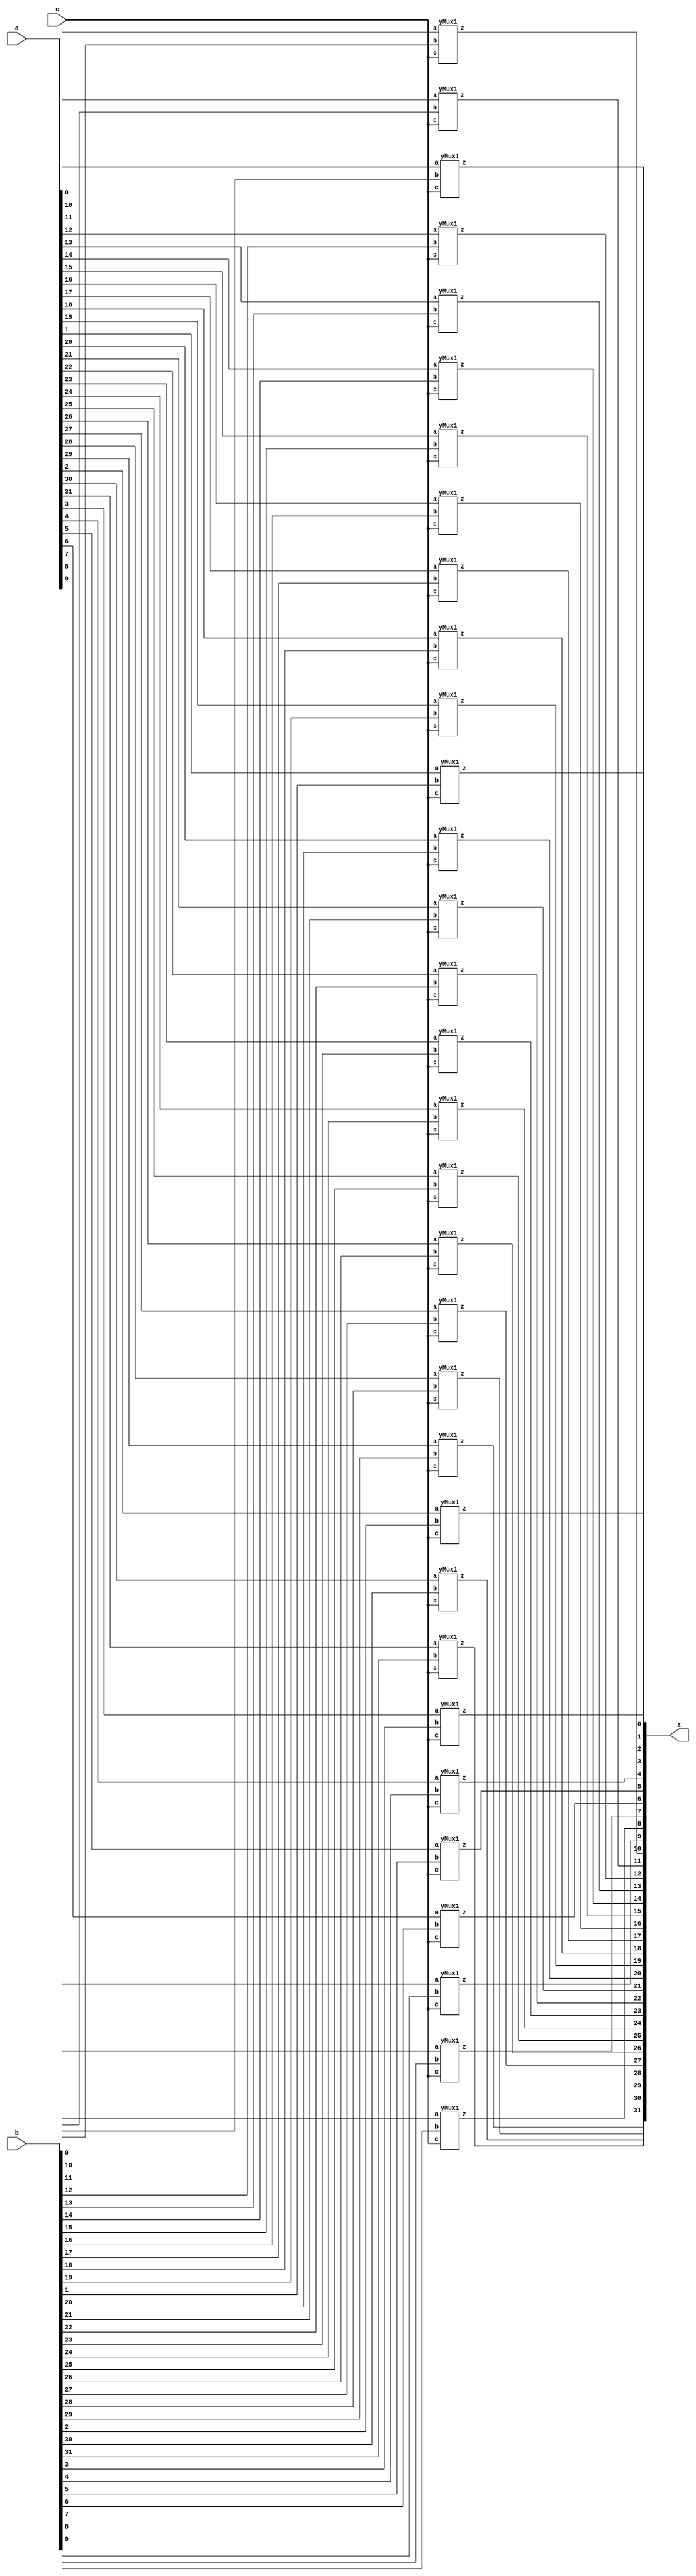

module yMux(z, a, b, c);
    parameter SIZE=32;        //similar to FINAL in java
    output [SIZE-1:0] z;
    input [SIZE-1:0] a,b;
    input c;
    yMux1 mine[SIZE-1:0](z,a,b,c);
endmodule 

module yMux1(z,a,b,c);
    output z;                   //1 bit wire
    input a, b, c;              //1 bit wires
    wire notC, upper, lower; 
    not (notC, c);              //notC=~c
    and upperAnd(lower,a,notC);    //lower= a & ~c
    and lowerAnd(upper, c,b) ;       //upper=c & b
    or (z, upper, lower);            //z= upper | lower
endmodule

module yMux4to1(z, a0,a1,a2,a3, c);
    parameter SIZE = 2;
    output [SIZE-1:0] z;
    input [SIZE-1:0] a0, a1, a2, a3;
    input [1:0] c;
    wire [SIZE-1:0] zLo, zHi;
    yMux #(SIZE) lo(zLo, a0, a1, c[0]);
    yMux #(SIZE) hi(zHi, a2, a3, c[0]);
    yMux #(SIZE) final(z, zLo, zHi, c[1]);
endmodule 

module yAdder1(z, cout, a, b, cin);     //z= (a xor b) xor cin    |    cout=((a xor b)&cin) or (a&b)
    output z, cout;
    input a, b, cin;
    xor left_xor(tmp, a, b);
    xor right_xor(z, cin, tmp);
    and left_and(outL, a, b);
    and right_and(outR, tmp, cin);
    or my_or(cout, outR, outL);
endmodule 

module yAdder(z, cout, a, b, cin);
    parameter SIZE=2;
    output [SIZE-1:0] z;
    output cout;
    input [SIZE-1:0] a, b;
    input cin;
    wire[SIZE-1:0] in, out;
    yAdder1 mine[SIZE-1:0](z, out, a, b, in);
    assign in[0] = cin;
    assign in[SIZE-1:1] = out[SIZE-2:0]; 
    assign cout=out[SIZE-1];
endmodule

module yArith(z, cout, a, b, ctrl);
    output [31:0] z;
    output cout;
    input [31:0] a, b;
    input ctrl;
    wire [31:0] notB, tmp;
    wire cin;
    assign cin=ctrl;
    not NOTB[31:0] (notB, b);
    yMux #(32) mux(tmp, b, notB, cin);
    yAdder #(32)adder(z, cout, a, tmp, cin);
endmodule 

module yAlu(z, ex, a, b, op); 
    input [31:0] a, b; 
    input [2:0] op; 
    output [31:0] z; 
    output ex; 
    wire [31:0] andi, ori, arith, sub, slt;
    wire condition;
    assign slt[31:1] = 0;  
    wire [15:0] z16;
    wire [7:0]  z8;
    wire [3:0]  z4;
    wire [1:0]  z2;
    wire z1;
    //and-----------------------------------------
    and myAnd[31:0](andi, a, b);

    //or------------------------------------------
    or  myOr[31:0](ori, a, b);
    
    //(+-)----------------------------------------
    yArith myArith(arith,null, a, b, op[2]);

    //slt-----------------------------------------
    xor myXor (condition, a[31], b[31]);
    yArith sltArith(sub,null, a, b, 1'b1);
    yMux1  sltMux (slt[0], sub[31], a[31], condition);

    //---------------------------------------------
    //z=operation based on op
    yMux4to1 #(32) myMux (z, andi, ori, arith, slt, op[1:0]);

    //exception-----------------------------------------
    or or16[15:0] (z16, z[15:0], z[31:16]); 
    or or8[7:0]  (z8, z16[7:0], z16[15:8]); 
    or or4[3:0] (z4, z8[3:0], z8[7:4]); 
    or or2[1:0]  (z2, z4[1:0], z4[3:2]); 
    or or1 (z1, z2[0:0], z2[1:1]);
    not noting(ex, z1);

endmodule

module register(z, clk, d, enable);
    parameter n=32;
    input clk, enable;
    input [n-1:0] d;
    reg [n-1:0] q;
    output [n-1:0] z;
    assign z=q;
    always @(posedge clk)begin
       if(enable) q<=d;
    end
endmodule

module mem(memOut, address, memIn, clk, read, write);
    parameter DEBUG = 0;

    parameter CAPACITY = 16'hffff;
    input clk, read, write;
    input [31:0] address, memIn;
    output [31:0] memOut;
    reg [31:0] memOut;
        reg [31:0] arr [0:CAPACITY];
        reg fresh = 1;

        always @(read or address or arr[address])
        begin
            if (fresh == 1)
            begin
                fresh = 0;
                $readmemh("ram.dat", arr);
            end

            if (read == 1)
            begin
                if (address[1:0] != 2'b00)
                begin
                    //$display("Unaligned Load Address %d", address); 
                    memOut = 32'hxxxxxxxx;
                end
                else if (address > CAPACITY)
                begin
                    //$display("Address %h out of range %d", address, CAPACITY);
                    memOut = 32'hxxxxxxxx;
                end
                else
                begin
                    memOut = arr[address];
                end
            end
        end

        always @(posedge clk)
        begin
            if (write == 1)
            begin
                if (address[1:0] != 2'b00)
                begin
                    //$display("Unaligned Store Address %d", address);
                end
                else if (address > CAPACITY)
                begin
                    $display("Address %d out of range %d", address, CAPACITY);
                end
                else
                begin
                    arr[address] <= memIn;
                    if (DEBUG != 0) $display("MEM: wrote %0dd at address %0dd", memIn, address);
                end
            end
        end
endmodule

module rf(RD1,RD2, RN1,RN2, WN,WD, clk, W);
/****************************
Behavioral register file
Written by H. Roumani, 2009
****************************/
parameter DEBUG = 0;

input clk, W;
input [4:0] RN1, RN2, WN;
input [31:0] WD;
output [31:0] RD1, RD2;

reg [31:0] RD1, RD2;
reg [31:0] arr [1:31];

always @(RN1 or arr[RN1])
	if (RN1 == 0)
		RD1 = 0;
	else
	begin
		RD1 = arr[RN1];
		if (DEBUG != 0) $display("RF: read %0dd from reg#%0d", RD1, RN1);
	end

always @(RN2 or arr[RN2])
	if (RN2 == 0)
		RD2 = 0;
	else
	begin
		RD2 = arr[RN2];
		if (DEBUG != 0) $display("RF: read %0dd from reg#%0d", RD2, RN2);
	end


always @(posedge clk)
	if (W == 1 && WN != 0)
	begin
		arr[WN] = WD;
		if (DEBUG != 0) $display("RF: wrote %0dd to reg#%0d", WD, WN);
	end

endmodule

module yIF(ins, PCp4, PCin, clk);
    input [31:0] PCin;
    input clk;
    output [31:0] ins, PCp4;
    wire [31:0] pcOut;
    register PC(pcOut, clk, PCin, 1'b1);
    yAlu myAlu(PCp4, null, pcOut, 32'd4, 3'b010);       //PCp4=PCout+4
    mem myMem(ins, pcOut, 32'b0, clk, 1'b1, 1'b0);      //fetch instruction address from memory

endmodule

//extracts the various fields of ins and looks up the needed registers.
module yID(rd1, rd2, immOut, jTarget, branch, ins, wd, RegWrite, clk); 
    output [31:0] rd1, rd2, immOut;
    output [31:0] jTarget;
    output [31:0] branch;
    input [31:0] ins, wd;
    input RegWrite, clk;
    wire [19:0] zeros, ones; // For I-Type and SB-Type
    wire [11:0] zerosj, onesj; // For UJ-Type
    wire [31:0] imm, saveImm; // For S-Type
    rf myRF(rd1, rd2, ins[19:15], ins[24:20], ins[11:7], wd, clk, RegWrite);
    assign imm[11:0] = ins[31:20];
    assign zeros = 20'h00000;
    assign ones = 20'hFFFFF;
    yMux #(20) se(imm[31:12], zeros, ones, ins[31]);
    assign saveImm[11:5] = ins[31:25];
    assign saveImm[4:0] = ins[11:7];
    yMux #(20) saveImmSe(saveImm[31:12], zeros, ones, ins[31]);
    yMux #(32) immSelection(immOut, imm, saveImm, ins[5]);
    assign branch[11] = ins[31];
    assign branch[10] = ins[7];
    assign branch[9:4] = ins[30:25];
    assign branch[3:0] = ins[11:8];
    yMux #(20) bra(branch[31:12], zeros, ones, ins[31]);
    assign zerosj = 12'h000;
    assign onesj = 12'hFFF;
    assign jTarget[19] = ins[31];
    assign jTarget[18:11] = ins[19:12];
    assign jTarget[10] = ins[20];
    assign jTarget[9:0] = ins[30:21];
    yMux #(12) jum(jTarget[31:20], zerosj, onesj, jTarget[19]);
endmodule

module yEX(z, zero, rd1, rd2, imm, op, ALUSrc);
    output [31:0] z;
    output zero;
    input [31:0] rd1, rd2, imm;
    input [2:0] op;
    input ALUSrc;

    wire [31:0] b;
    
    yMux #(32) pick(b, rd2, imm, ALUSrc);
    yAlu oop(z, zero, rd1, b, op);

endmodule

module yDM(memOut, exeOut, rd2, clk, MemRead, MemWrite);
    output [31:0] memOut;
    input [31:0] exeOut, rd2;
    input clk, MemRead, MemWrite;
    mem DM(memOut, exeOut, rd2, clk, MemRead, MemWrite); 
endmodule


module yWB(wb, exeOut, memOut, Mem2Reg);
    output [31:0] wb;
    input [31:0] exeOut, memOut;
    input Mem2Reg;
    yMux #(32) WB(wb, exeOut, memOut, Mem2Reg);
endmodule

//ALUsrc =0 rs2   =1 imm
module labM;
    reg [31:0] PCin;
    reg RegWrite, clk, ALUSrc; 
    reg [2:0] op;
    wire [31:0] wd, rd1, rd2, imm, ins, PCp4, z, branch;
    wire [31:0] memOut, wb;
    reg Mem2Reg, MemRead, MemWrite;
    wire [31:0] jTarget;
    wire zero;

    yIF myIF(ins, PCp4, PCin, clk);
    yID myID(rd1, rd2, imm, jTarget, branch, ins, wd, RegWrite, clk);
    yEX myEx(z, zero, rd1, rd2, imm, op, ALUSrc);
    yDM myDM(memOut, z, rd2, clk, MemRead, MemWrite);
    yWB myWB(wb, z, memOut, Mem2Reg);
    assign wd = wb;

    initial
    begin
    //------------------------------------Entry point
    PCin = 16'h28;
    //------------------------------------Run program
    repeat (11)
    begin
    //---------------------------------Fetch an ins
    clk = 1; #1;
    op = 3'b010;
    //---------------------------------Set control signals
   if (ins[6:0] == 7'h33) // R-Type
    begin
        RegWrite = 1; ALUSrc = 0;   //ALUSrc=0   means use rs2 
        MemRead = 0;
		MemWrite = 0;
		Mem2Reg=0;//Mem2Reg = 1;
        if (ins[14:12] == 3'b110)   // funct3 = or
            begin
                op = 3'b001;
            end
        else if (ins[14:12] == 3'b000) begin
                 op = 3'b010;           // funct3 = add
            end
    end

  /*  if(ins[6:0]==7'h6F) // UJ-Type
    begin
        RegWrite = 1; ALUSrc = 1;   
        MemRead = 0;
		MemWrite = 0;
		Mem2Reg = 0;
    end*/
    
    if (ins[6:0] === 7'h3) // lw
        begin
            RegWrite = 1; 
            ALUSrc = 1; 
            MemRead=1; 
            MemWrite=0; 
            Mem2Reg=1;
        end 
    
    else if (ins[6:0] === 7'h13) //addi
        begin
            RegWrite = 1; 
            ALUSrc = 1; 
            MemRead=0;
            MemWrite=0; 
            Mem2Reg=1;
        end


    if (ins[6:0] == 7'h23)       //S TYPE
    begin
        RegWrite = 0; 
        ALUSrc = 1;
        MemRead = 0;
		MemWrite = 1;
		Mem2Reg = 0;
    end

    if (ins[6:0] == 7'h63)       //SB-TYPE beq
    begin
        RegWrite = 0; 
        ALUSrc = 0;
        MemRead = 0;
		MemWrite = 0;
		Mem2Reg = 0;
    end
    // Add statements to adjust the above defaults
    //---------------------------------Execute the ins
    clk = 0; #1;
    //---------------------------------View results
    #5 $display("%h: rd1=%2d rd2=%2d z=%3d zero=%b wb=%2d", ins, rd1, rd2, z, zero, wb);
    //---------------------------------Prepare for the next ins
    #1 PCin = PCp4;
    end
    $finish;
    end
    
endmodule